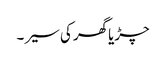
چڑیا گھر کی سیر ۔